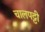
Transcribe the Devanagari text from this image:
चालपट्टी